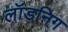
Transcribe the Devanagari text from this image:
लॉडनिग